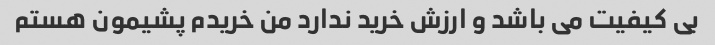
بی کیفیت می باشد و ارزش خرید ندارد من خریدم پشیمون هستم